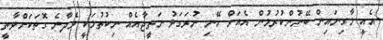
އެއީ މާގިނައިން ބޭނުންކުރުމުން އެއަށް ހޭނި ނުރަގަޅު ނަތީޖާއެއް ނިކުތުމަކީ ވެދާނެ ގޮތަކަށްވާތީ